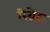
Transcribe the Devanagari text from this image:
रिग्रेट